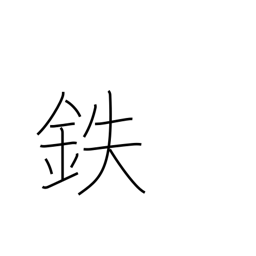
Meaning: iron